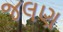
જલણ